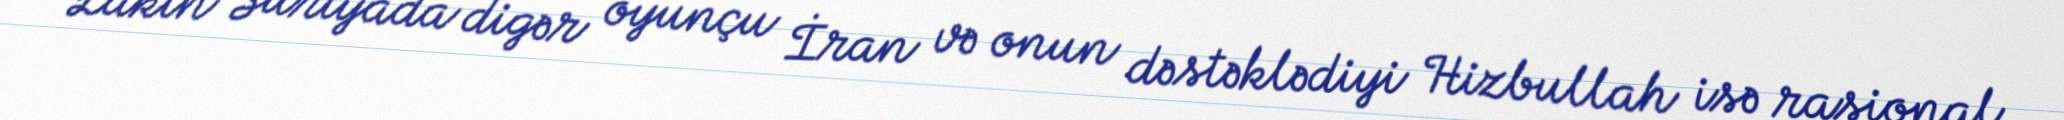
Lakin Suriyada digər oyunçu İran və onun dəstəklədiyi Hizbullah isə rasional